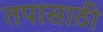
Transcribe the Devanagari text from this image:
तपासाठी